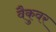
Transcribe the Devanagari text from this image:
वैकुवर